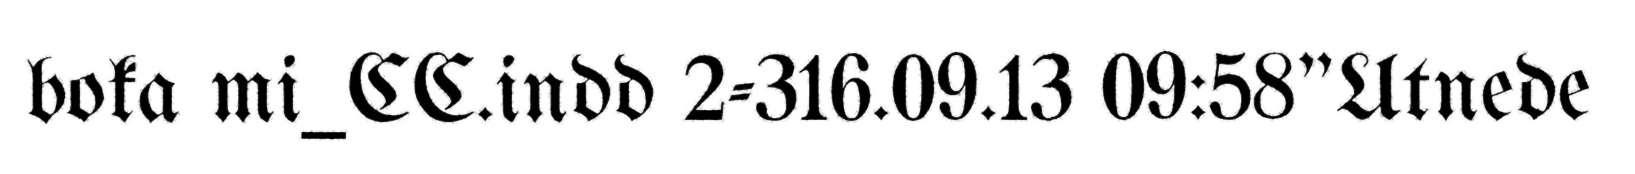
boka mi_CC.indd 2-316.09.13 09:58"Utnede